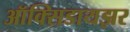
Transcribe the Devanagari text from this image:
ऑक्‍सिडायझर